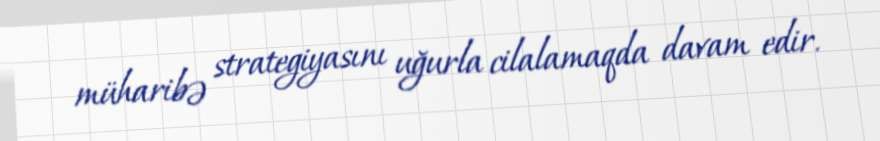
müharibə strategiyasını uğurla cilalamaqda davam edir.